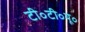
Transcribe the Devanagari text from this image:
टी॰टी॰यू॰